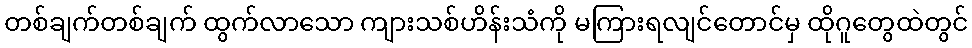
တစ်ချက်တစ်ချက် ထွက်လာသော ကျားသစ်ဟိန်းသံကို မကြားရလျင်တောင်မှ ထိုဂူတွေထဲတွင်